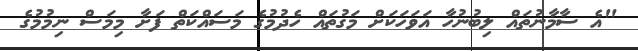
"އެ ސާމާނުތައް ލިބުނުހާ އަވަހަކަށް މަގުތައް ހެދުމުގެ މަސައްކަތް ފަށާ މިމަސް ނިމުމުގެ